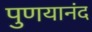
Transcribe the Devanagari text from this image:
पुणयानंद